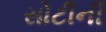
સોટીની